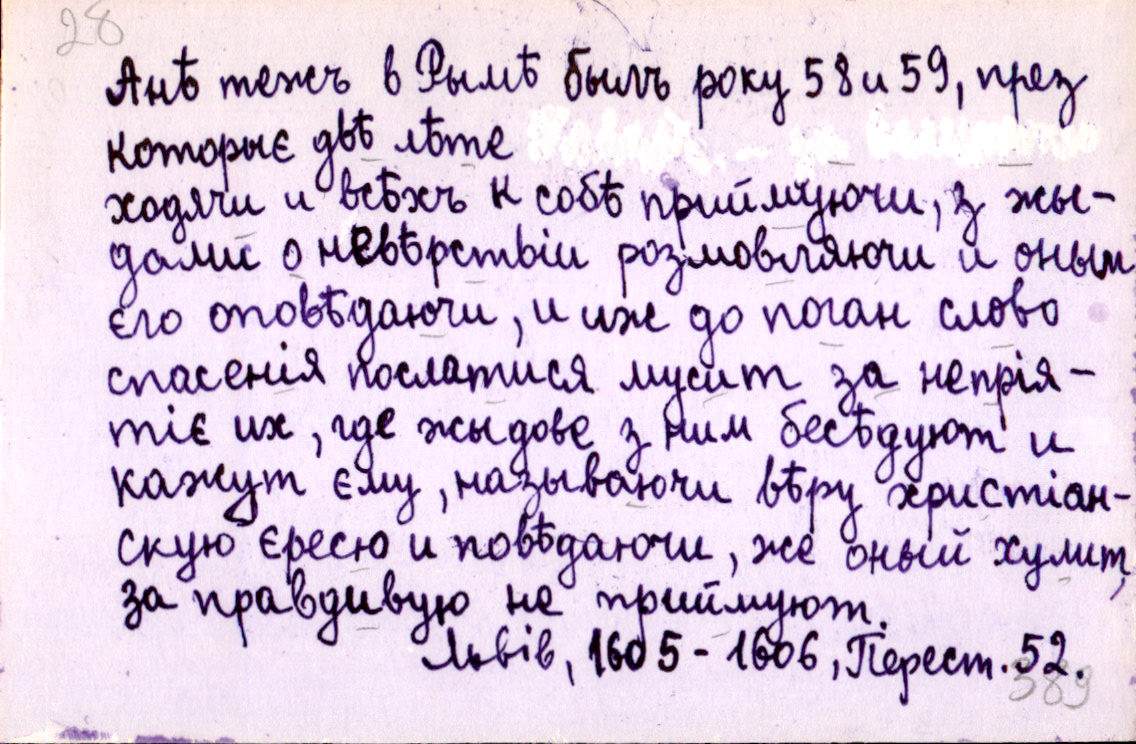
Анѣ тежъ в Рымѣ былъ року 58 и 59, през
которыє двѣ лѣте 
ходячи и всѣхъ к собѣ приймуючи, з жы-
дами о невѣрствіи розмовляючи и оным
єго оповѣдаючи, и иж до поган слово
спасенія послатися мусит за непрія-
тіє их, где жыдове з ним бесѣдуют и
кажут єму, называючи вѣру христіан-
скую єресю и повѣдаючи, же оный хулит,
за правдивую не приймуют.
Львів, 1605-1606, Перест. 52.